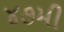
૪૭મી